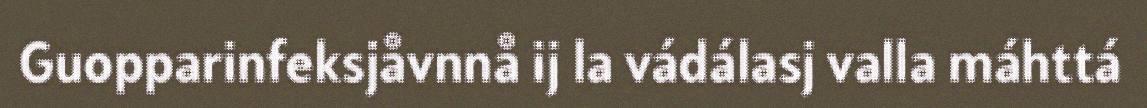
Guopparinfeksjåvnnå ij la vádálasj valla máhttá